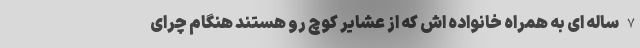
7 ساله ای به همراه خانواده اش که از عشایر کوچ رو هستند هنگام چرای